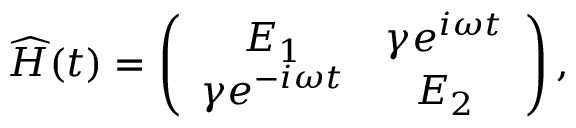
\widehat { H } ( t ) = \left( \begin{array} { c c } { E _ { 1 } } & { \gamma e ^ { i \omega t } } \\ { \gamma e ^ { - i \omega t } } & { E _ { 2 } } \end{array} \right) ,